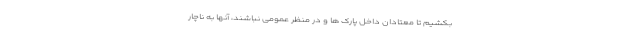
بکشیم تا معتادان داخل پارک ها و در منظر عمومی نباشند، آنها به ناچار